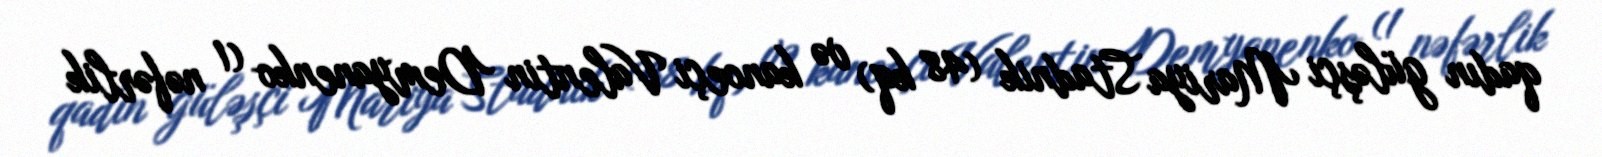
qadın güləşçi Mariya Stadnik (48 kq) və kanoeçi Valentin Demyanenko (1 nəfərlik